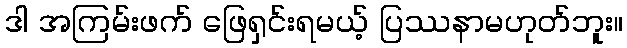
ဒါ အကြမ်းဖက် ဖြေရှင်းရမယ့် ပြဿနာမဟုတ်ဘူး။